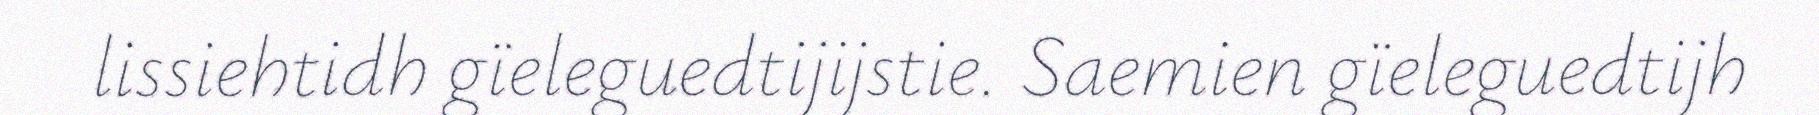
lissiehtidh gïeleguedtijijstie. Saemien gïeleguedtijh